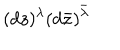
( d z ) ^ { \lambda } ( d \bar { z } ) ^ { \bar { \lambda } }